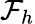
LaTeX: \mathcal{F}_{h}